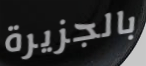
بالجزيرة